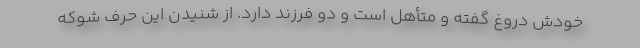
خودش دروغ گفته و متأهل است و دو فرزند دارد. از شنیدن این حرف شوکه